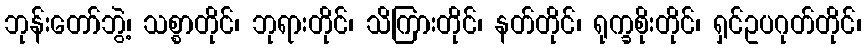
ဘုန်းတော်ဘွဲ့၊ သစ္စာတိုင်၊ ဘုရားတိုင်၊ သိကြားတိုင်၊ နတ်တိုင်၊ ရုက္ခစိုးတိုင်၊ ရှင်ဥပဂုတ်တိုင်၊